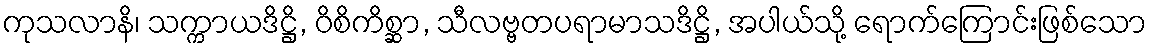
ကုသလာနိ၊ သက္ကာယဒိဋ္ဌိ, ဝိစိကိစ္ဆာ, သီလဗ္ဗတပရာမာသဒိဋ္ဌိ, အပါယ်သို့ ရောက်ကြောင်းဖြစ်သော